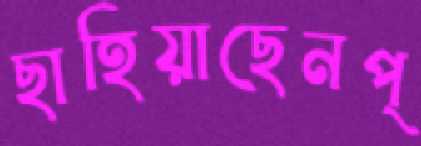
ছাহিয়াছেনপ্